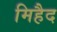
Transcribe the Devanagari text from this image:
मिहैद